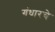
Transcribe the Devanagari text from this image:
गंधारचे